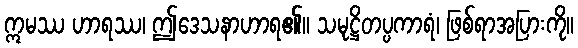
ဣမဿ ဟာရဿ၊ ဤဒေသနာဟာရ၏။ သမုဋ္ဌိတပ္ပကာရံ၊ ဖြစ်ရာအပြားကို။